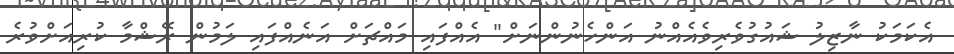
އެކަމަކު ނާޒިލު ޝައުގުވެރިވެއެއްނު އަންހެނުންނަށް" އެއްފައި މައްޗަށް އަނެއްފައި ލަމުން ރޭޝްމާ ކުރިއަށްވުރެ